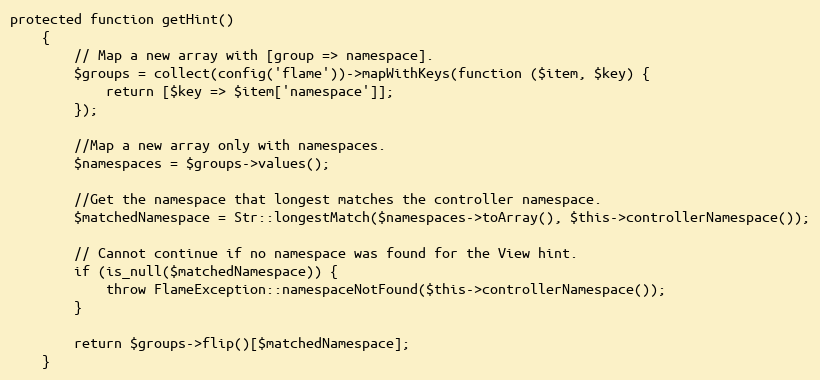
Language: PHP
protected function getHint()
    {
        // Map a new array with [group => namespace].
        $groups = collect(config('flame'))->mapWithKeys(function ($item, $key) {
            return [$key => $item['namespace']];
        });

        //Map a new array only with namespaces.
        $namespaces = $groups->values();

        //Get the namespace that longest matches the controller namespace.
        $matchedNamespace = Str::longestMatch($namespaces->toArray(), $this->controllerNamespace());

        // Cannot continue if no namespace was found for the View hint.
        if (is_null($matchedNamespace)) {
            throw FlameException::namespaceNotFound($this->controllerNamespace());
        }

        return $groups->flip()[$matchedNamespace];
    }